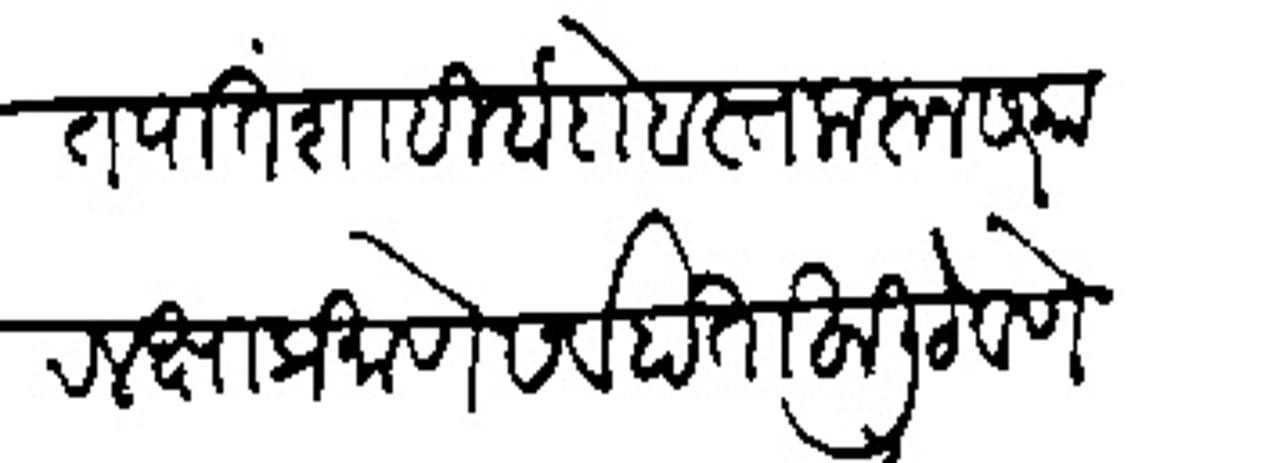
Transliteration (Devanagari): म्हणतात पातशाही बंदोबस्त करून सरकार लक्षाप्रमाणे सर्व हाताखाली ठेवणे